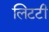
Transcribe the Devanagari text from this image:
लिटटी